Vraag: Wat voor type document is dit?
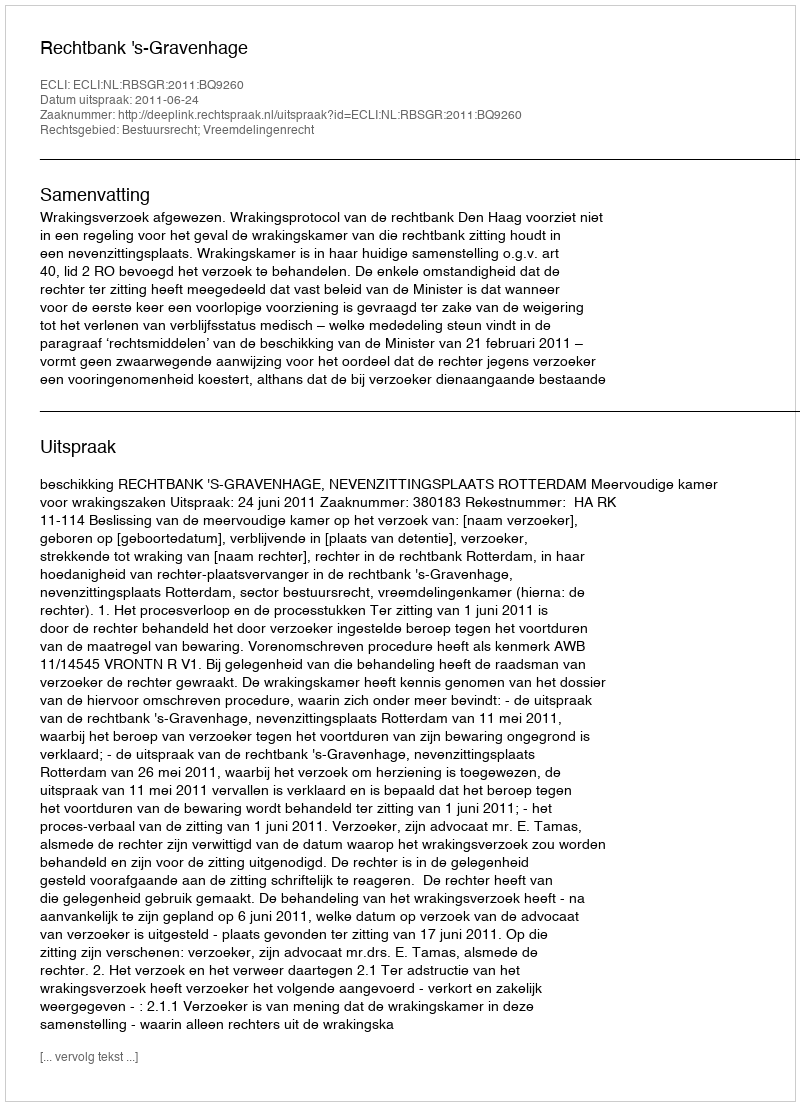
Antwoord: Uitspraak